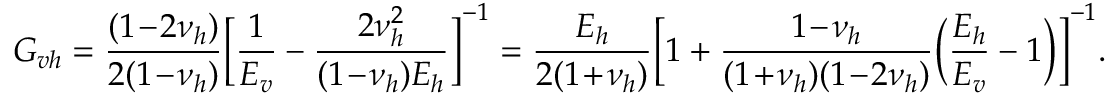
G _ { v h } = \frac { ( 1 \! - \! 2 \nu _ { h } ) } { 2 ( 1 \! - \! \nu _ { h } ) } \biggl [ \frac { 1 } { E _ { v } } - \frac { 2 \nu _ { h } ^ { 2 } } { ( 1 \! - \! \nu _ { h } ) E _ { h } } \biggr ] ^ { - 1 } = \frac { E _ { h } } { 2 ( 1 \! + \! \nu _ { h } ) } \biggl [ 1 + \frac { 1 \! - \! \nu _ { h } } { ( 1 \! + \! \nu _ { h } ) ( 1 \! - \! 2 \nu _ { h } ) } \Bigl ( \frac { E _ { h } } { E _ { v } } - 1 \Bigr ) \biggr ] ^ { - 1 } .